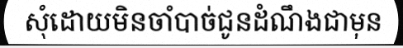
សុំដោយមិនចាំបាច់ជូនដំណឹងជាមុន